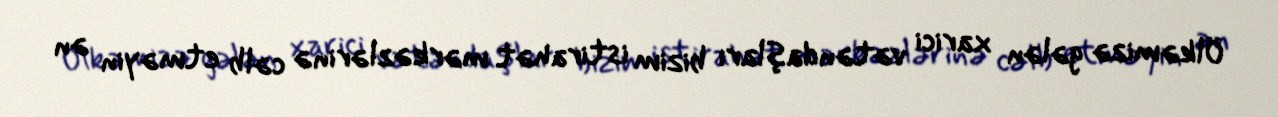
Ölkəmizə gələn xarici vətəndaşları bizim istirahət mərkəzlərinə cəlb etməyin ən